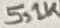
Text: 5,1K